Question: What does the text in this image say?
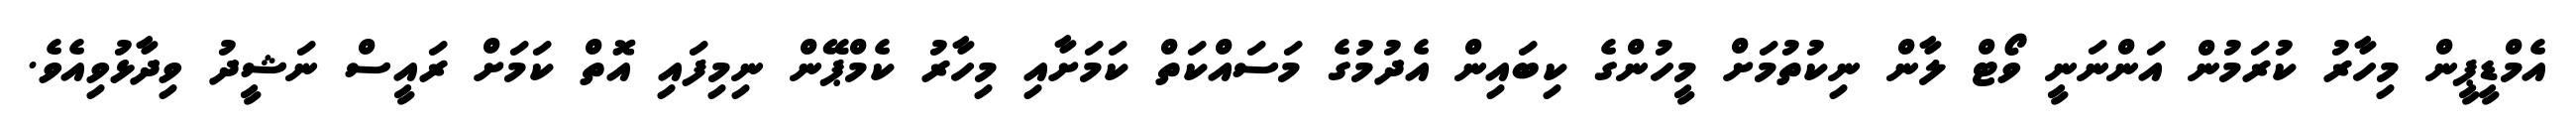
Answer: އެމްޑީޕީން މިހާރު ކުރަމުން އަންނަނީ ވޯޓް ލާން ނިކުތުމަށް މީހުންގެ ކިބައިން އެދުމުގެ މަސައްކަތް ކަމަށާއި މިހާރު ކެމްޕޭން ނިމިފައި އޮތް ކަމަށް ރައީސް ނަޝީދު ވިދާޅުވިއެވެ.